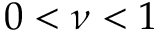
0 < \nu < 1